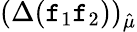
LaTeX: (\Delta(\mathtt{f}_{1}\mathtt{f}_{2}))_{\hat{{\mu}}}